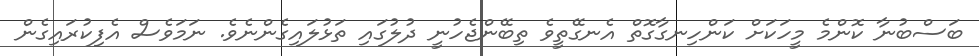
ބަސްބުނާ ކޮންމެ މީހަކަށް ކަންހިނގާގޮތް އެނގޭތީވެ ތިބޭންޖެހުނީ ދުލުގައި ތަޅުލައިގެންނެވެ. ނަމަވެސް އެފިކުރައިގެން